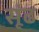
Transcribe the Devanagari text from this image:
सूंढ